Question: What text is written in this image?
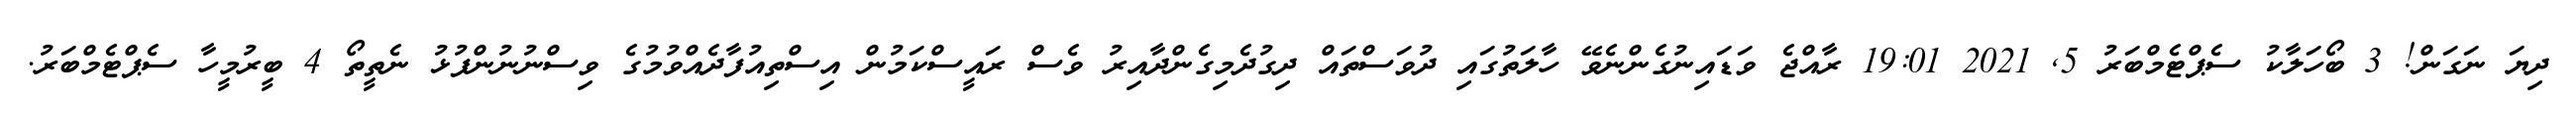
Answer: ދިޔަ ނަގަން! 3 ބޯހަލާކު ސެޕްޓެމްބަރު 5, 2021 19:01 ރާއްޖެ ވަޑައިނުގެންނެވޭ ހާލަތުގައި ދުވަސްތައް ދިގުދެމިގެންދާއިރު ވެސް ރައީސްކަމުން އިސްތިއުފާދެއްވުމުގެ ވިސްނުނުންފުޅު ނެތީތޯ 4 ބީރުމީހާ ސެޕްޓެމްބަރު.